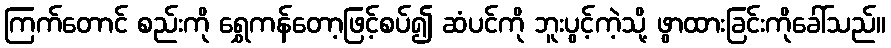
ကြက်တောင် စည်းကို ရွှေကန်တော့ဖြင့်စပ်၍ ဆံပင်ကို ဘူးပွင့်ကဲ့သို့ ဖွာထားခြင်းကိုခေါ်သည်။